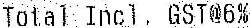
TOTAL INCL. GST@6%